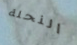
النحلة